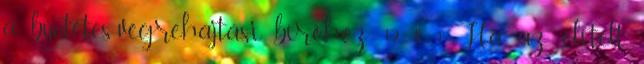
a büntetés-végrehajtási bíróhoz. 12. § 1 Ha az elítélt